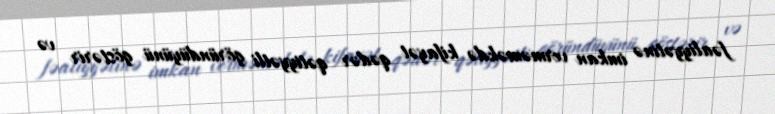
fəaliyyətinə imkan verməməkdə kifayət qədər qətiyyətli göründüyünü göstərir və